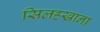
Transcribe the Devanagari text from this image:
सिलहखाना